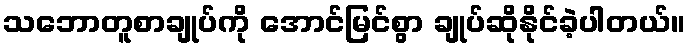
သဘောတူစာချုပ်ကို အောင်မြင်စွာ ချုပ်ဆိုနိုင်ခဲ့ပါတယ်။